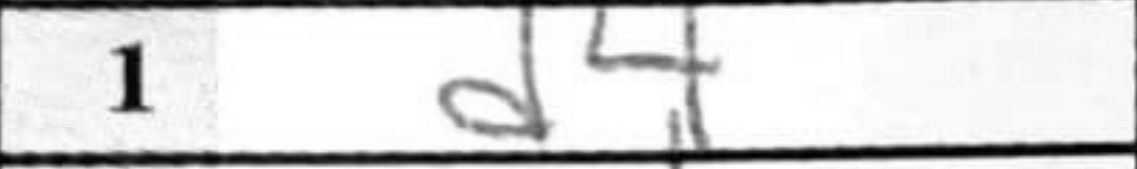
Transcription: d4